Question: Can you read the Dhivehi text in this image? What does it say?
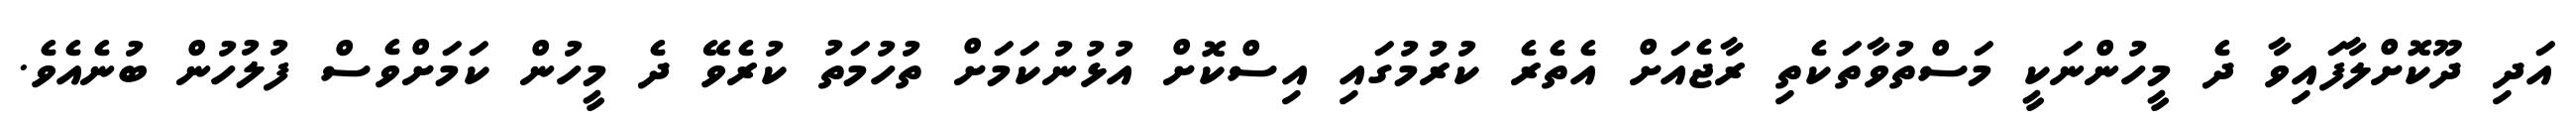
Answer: އަދި ދޫކޮށްލާފައިވާ ދެ މީހުންނަކީ މަސްތުވާތަކެތި ރާޖެއަށް އެތެރެ ކުރުމުގައި އިސްކޮށް އުޅުނުކަމަށް ތުހުމަތު ކުރެވޭ ދެ މީހުން ކަމަށްވެސް ފުލުހުން ބުނެއެވެ.